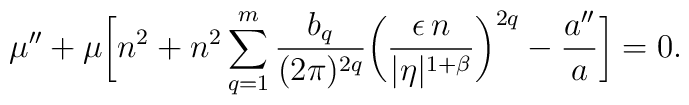
\mu ''+\mu \biggl[n^2+n^2\sum _{q=1}^{m}\frac{b_q}{(2\pi )^{2q}}\biggl(\frac{\epsilon \, n}{\vert \eta \vert ^{1+\beta }}\biggr)^{2q}-\frac{a''}{a}\biggr]=0.